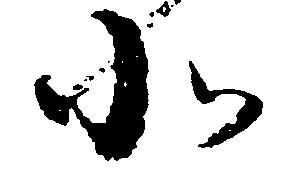
北